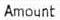
AMOUNT